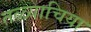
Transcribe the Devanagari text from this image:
तळ्याचिया